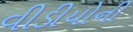
વીડીયોની